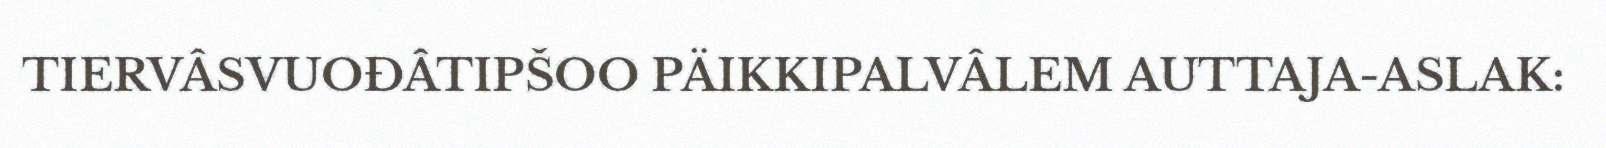
TIERVÂSVUOĐÂTIPŠOO PÄIKKIPALVÂLEM AUTTAJA-ASLAK: